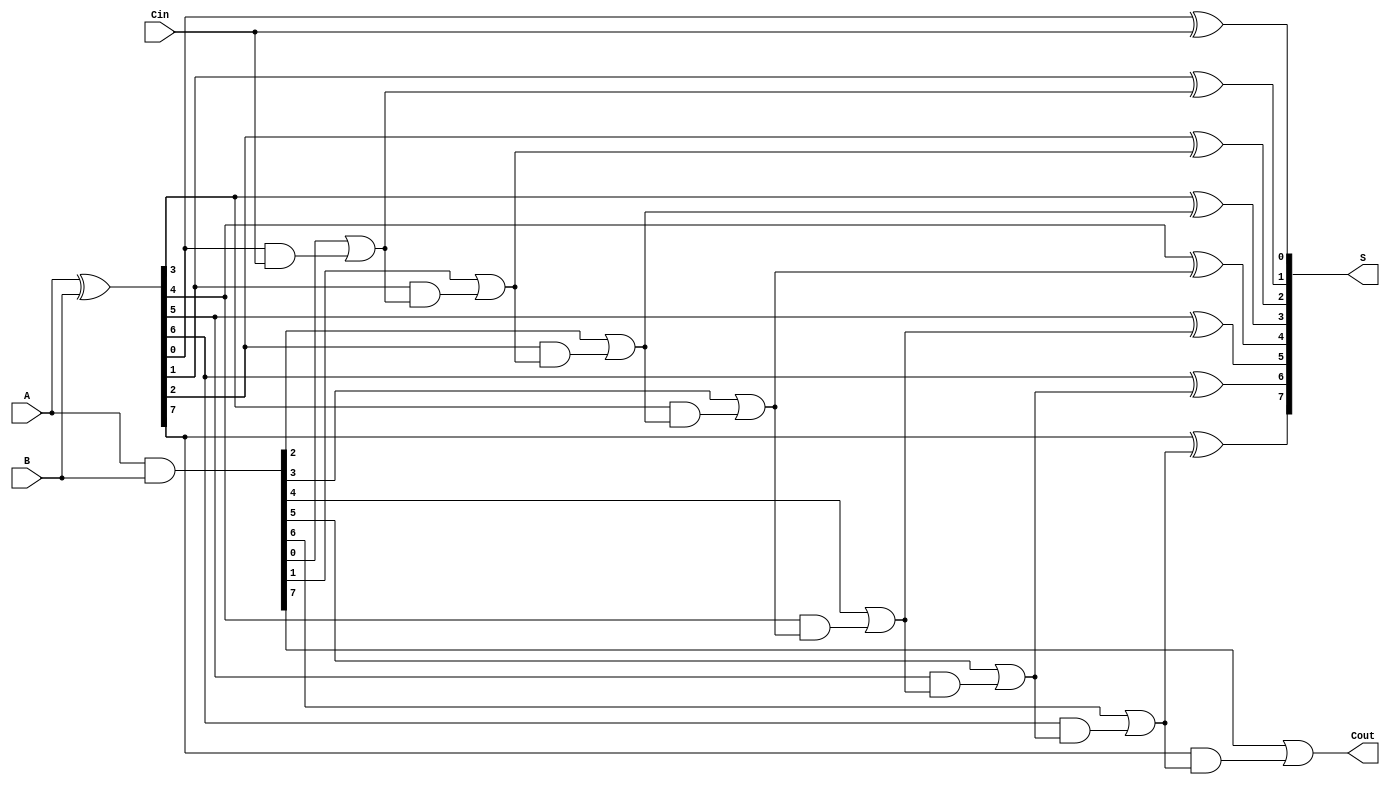
module PrecomputationCarryAdder #(parameter n = 8) (
    input  wire [n-1:0] A,      // First n-bit input
    input  wire [n-1:0] B,      // Second n-bit input
    input  wire Cin,             // Carry-in
    output wire [n-1:0] S,       // Sum output
    output wire Cout             // Carry-out
);

    // Generate and Propagate signals
    wire [n-1:0] G; // Generate signals
    wire [n-1:0] P; // Propagate signals
    wire [n:0] C;   // Carry signals

    // Generate and Propagate calculations
    assign G = A & B;          // G[i] = A[i] & B[i]
    assign P = A ^ B;          // P[i] = A[i] ^ B[i]

    // Carry generation
    assign C[0] = Cin; // Initial carry is Cin
    genvar i;
    generate
        for (i = 1; i < n; i = i + 1) begin : carry_gen
            assign C[i] = G[i-1] | (P[i-1] & C[i-1]); // C[i] = G[i-1] | (P[i-1] & C[i-1])
        end
    endgenerate
    assign C[n] = G[n-1] | (P[n-1] & C[n-1]); // Final carry-out

    // Sum calculation
    generate
        for (i = 0; i < n; i = i + 1) begin : sum_calc
            assign S[i] = P[i] ^ C[i]; // S[i] = A[i] ^ B[i] ^ C[i]
        end
    endgenerate

    // Carry-out
    assign Cout = C[n]; // Final carry-out

endmodule